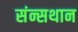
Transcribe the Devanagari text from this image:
संन्सथान